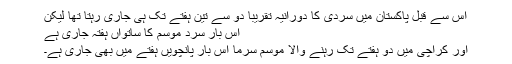
اس سے قبل پاکستان میں سردی کا دورانیہ تقریبا دو سے تین ہفتے تک ہی جاری رہتا تھا لیکن
اس بار سرد موسم کا ساتواں ہفتہ جاری ہے
اور کراچی میں دو ہفتے تک رہنے والا موسم سرما اس بار پانچویں ہفتے میں بھی جاری ہے۔